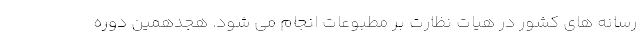
رسانه های کشور در هیات نظارت بر مطبوعات انجام می شود. هجدهمین دوره